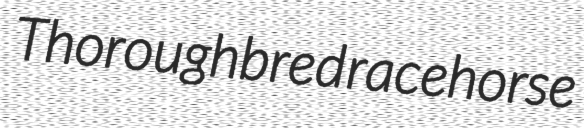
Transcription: Thoroughbred racehorse